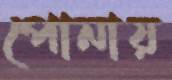
পোনায়